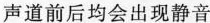
声道前后均会出现静音